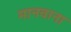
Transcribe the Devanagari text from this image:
मानवाना